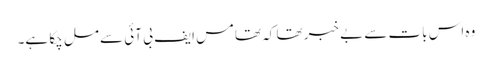
وہ اس بات سے بے خبر تھا کہ تھامس ایف بی آئی سے مل چکا ہے۔